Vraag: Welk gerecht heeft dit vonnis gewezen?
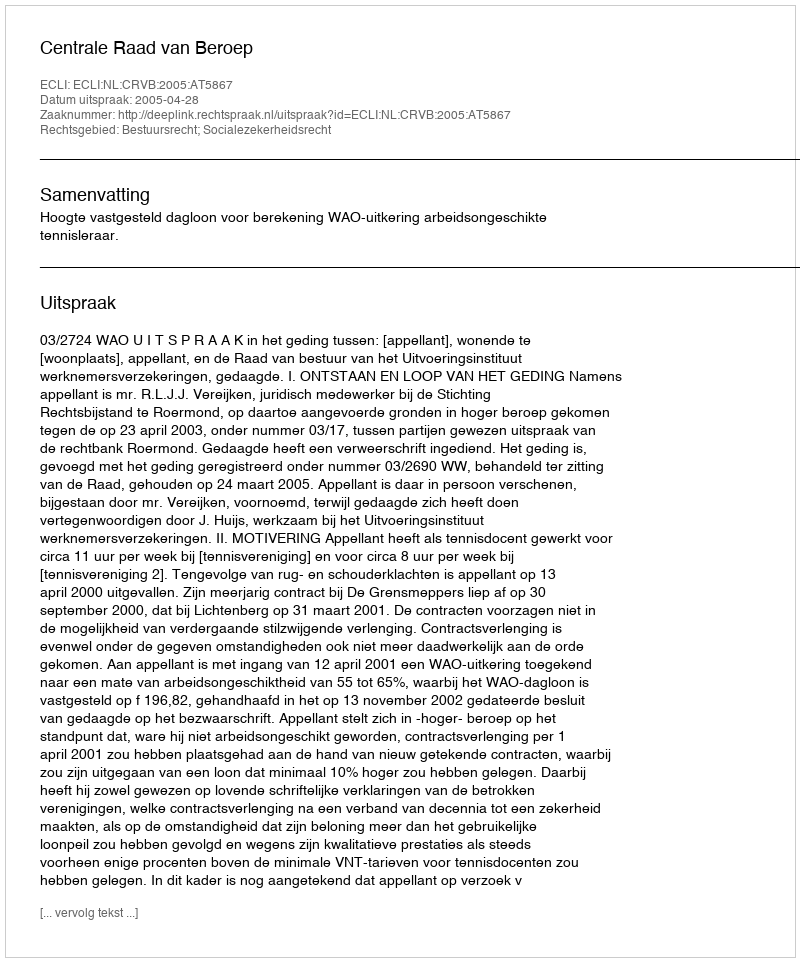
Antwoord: Centrale Raad van Beroep